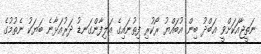
ނަތީޖާއަކަށްވީ ޢަބްދު ބިން އުބައްޔު ރޯކުރި ފިތުނައިގެ އަލިފާންގަނޑު ދަރުއަޅާނެ ބަޔަކު ނެތުމުގެ